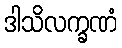
ဒါသိလက္ခဏံ